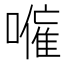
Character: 𭋕